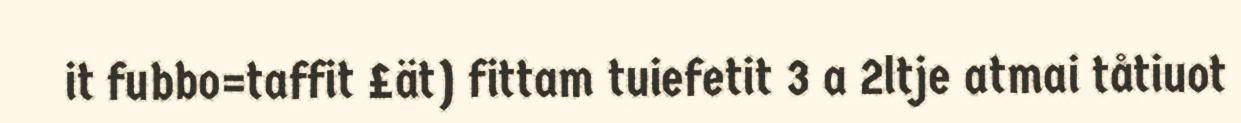
it fubbo=taffit £ät) fittam tuiefetit 3 a 2ltje atmai tåtiuot